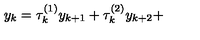
y _ { k } = \tau _ { k } ^ { ( 1 ) } y _ { k + 1 } + \tau _ { k } ^ { ( 2 ) } y _ { k + 2 } +